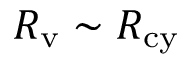
R _ { \mathrm { v } } \sim R _ { \mathrm { c y } }